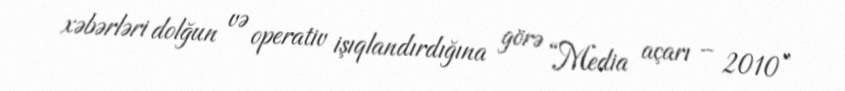
xəbərləri dolğun və operativ işıqlandırdığına görə “Media açarı – 2010”